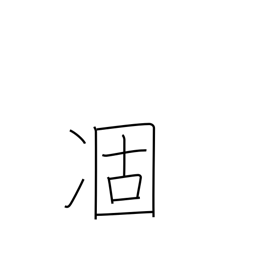
Meaning: droop